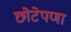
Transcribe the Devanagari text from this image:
छोटेपणा